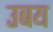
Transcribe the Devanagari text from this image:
उबय